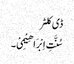
ڈی کلٹر
سُنَّتِ اِبْرَ اھِیْمِیْ۔